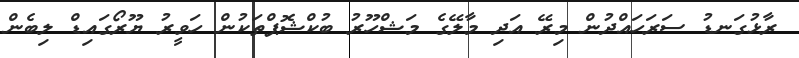
ރާޅުގަނޑު ސަރަހައްދުން މިރޭ އަދި މާލޭގެ މަޝްހޫރު ބުކްޝޮޕްތަކުން ހަވީރު ޔޫރޯގައިޑް ލިބެން